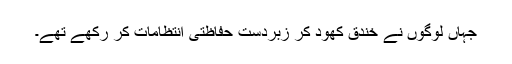
جہاں لوگوں نے خندق کھود کر زبردست حفاظتی انتظامات کر رکھے تھے۔